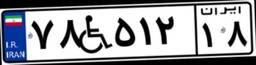
۴۷W۵۸۲۹۴